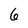
Character: 6